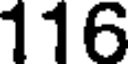
116